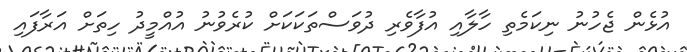
އުޅެން ޖެހުނު ނިކަމެތި ހާލާއި އުފާވެރި ދުވަސްތަކަކަށް ކުރެވުނު އުއްމީދު ހިތަށް އަރާފައި